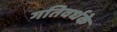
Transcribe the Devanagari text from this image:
गतिवर्धके